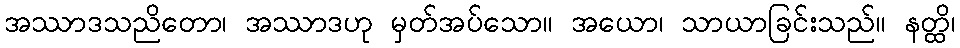
အဿာဒသညိတော၊ အဿာဒဟု မှတ်အပ်သော။ အယော၊ သာယာခြင်းသည်။ နတ္ထိ၊